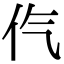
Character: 㐹